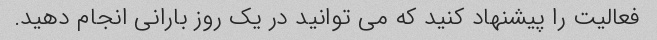
فعالیت را پیشنهاد کنید که می توانید در یک روز بارانی انجام دهید.